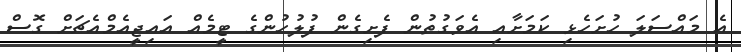
އެ މައްސަލަ ހުށަހެޅި ކަމަށާއި އެވަގުތުން ފެށިގެން ފުލުހުންގެ ޓީމެއް އައިޖީއެމްއެޗަށް ގޮސް